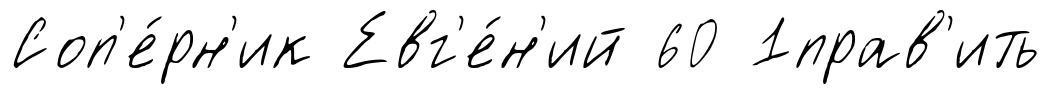
Соп'е́рн'ик Евг'е́н'ий 60 1прав'ить